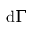
\mathrm { d } \Gamma